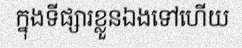
ក្នុងទីផ្សារខ្លួនឯងទៅហើយ